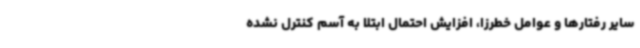
سایر رفتارها و عوامل خطرزا، افزایش احتمال ابتلا به آسم کنترل نشده